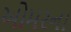
ઓમરના